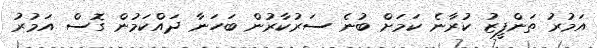
އަމުރު ތަންފީޒު ކުރާނެ ކަމަށް ބުނެ ސަރުކާރުން ބަހަނާ ދައްކަމުން ގޮސް އަމުރު